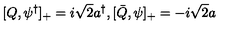
[ Q , \psi ^ { \dagger } ] _ { + } = i { \sqrt 2 } a ^ { \dagger } , [ \bar { Q } , \psi ] _ { + } = - i { \sqrt 2 } a